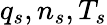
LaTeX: q_{s},n_{s},T_{s}